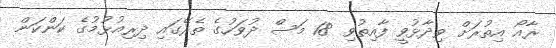
ރާއޯ އިތުރަށް ވިދާޅުވީ ފާއިތުވި 18 މަސް ދުވަހުގެ ތެރޭގައި ދިރިއުޅުމުގެ ކަންކަން